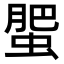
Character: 蜰